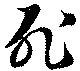
死